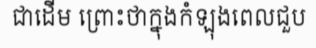
ជាដើម ព្រោះថាក្នុងកំឡុងពេលជួប